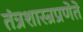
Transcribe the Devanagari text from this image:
तंत्रशास्त्रप्रणेते